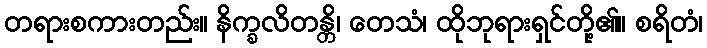
တရားစကားတည်း။ နိက္ခလိတန္တိ၊ တေသံ၊ ထိုဘုရားရှင်တို့၏။ စရိတံ၊